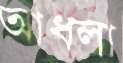
আধলা